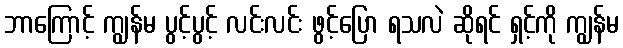
ဘာကြောင့် ကျွန်မ ပွင့်ပွင့် လင်းလင်း ဖွင့်ပြော ရသလဲ ဆိုရင် ရှင့်ကို ကျွန်မ